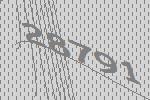
28791